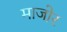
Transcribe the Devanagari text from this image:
माजोर